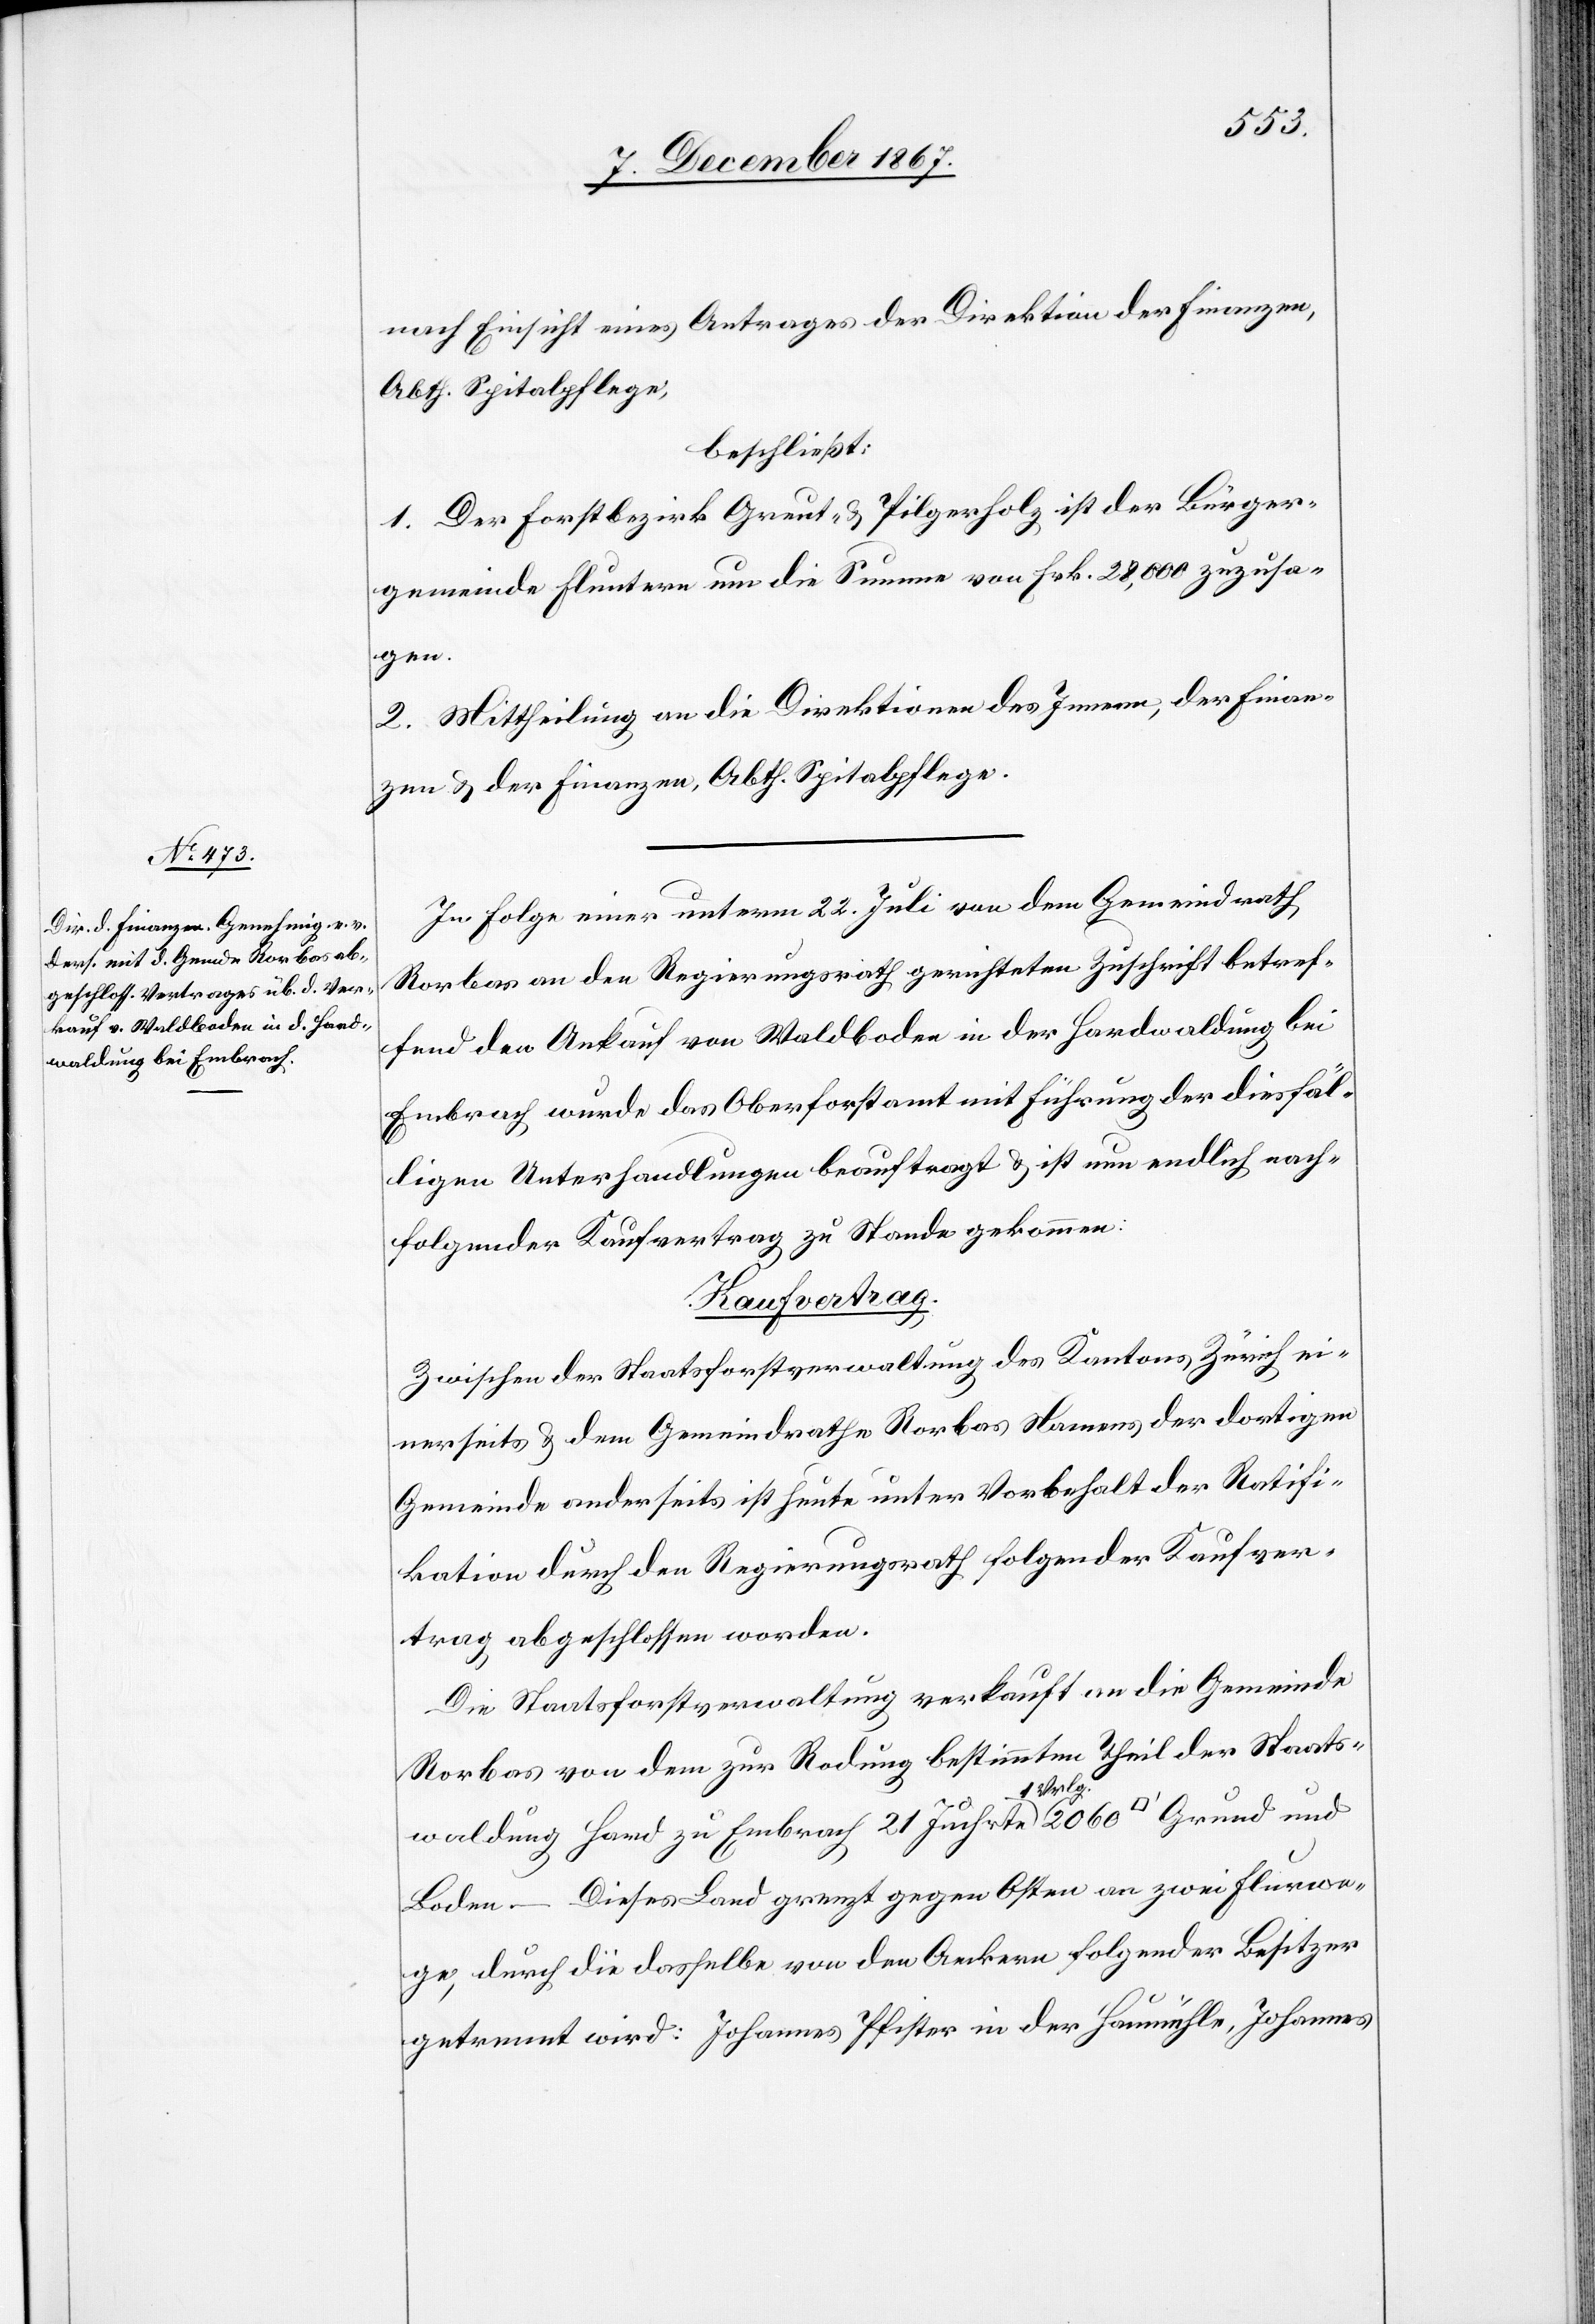
nach Einsicht eines Antrages der Direktion der Finanzen,
Abth. Spitalpflege,
beschließt:
1. Der Forstbezirk Greut- u. Pilgerholz ist der Bürger¬
gemeinde Fluntern um die Summe von Frk. 28 000 zuzusa¬
gen.
2. Mittheilung an die Direktionen des Innern, der Finan¬
zen u. der Finanzen, Abth. Spitalpflege.
In Folge einer unterm 22. Juli von dem Gemeindrath
Rorbas an den Regierungsrath gerichteten Zuschrift betref¬
fend den Ankauf von Waldboden in der Hardwaldung bei
Embrach wurde das Oberforstamt mit Führung der diesfäl¬
ligen Unterhandlungen beauftragt u. ist nun endlich nach¬
folgender Kaufvertrag zu Stande gekommen:
Kaufvertrag.
Zwischen der Staatsforstverwaltung des Kantons Zürich ei¬
nerseits u. dem Gemeindrathe Rorbas Namens der dortigen
Gemeinde anderseits ist heute unter Vorbehalt der Ratifi¬
kation durch den Regierungsrath folgender Kaufver¬
trag abgeschlossen worden.
Die Staatsforstverwaltung verkauft an die Gemeinde
Rorbas von dem zur Rodung bestimmten Theil der Staats¬
waldung Hard zu Embrach 21 Juchrte 1 Vrlg. 2060 [Quadratfuß]
Boden. – Dieses Land grenzt gegen Osten an zwei Flurwe¬
ge, durch die dasselbe von den Aeckern folgender Besitzer
getrennt wird: Johannes Pfister in der Haumühle, Johannes